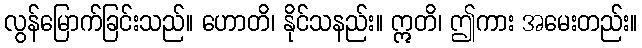
လွန်မြောက်ခြင်းသည်။ ဟောတိ၊ နိုင်သနည်း။ ဣတိ၊ ဤကား အမေးတည်း။